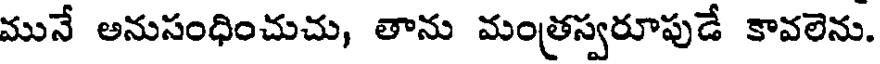
మునే అనుసంధించుచు, తాను మంత్రస్వరూపుడే కావలెను.